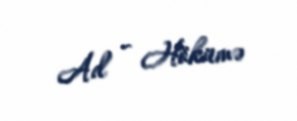
Ad - Hökümə